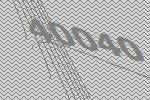
40040